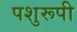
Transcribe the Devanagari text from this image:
पशुरूपी